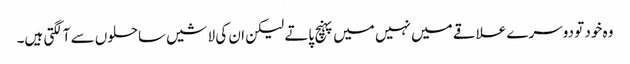
وہ خود تو دوسرے علاقے میں نہیں میں پہنچ پاتے لیکن ان کی لاشیں ساحلوں سے آلگتی ہیں۔